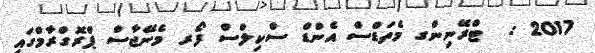
2017 :  ޓްރޭނިންގ މެތަޑްސް އެންޑް ސްކިލްސް ފޯރ މެނޭޖާސް ޕްރޮގްރާމްގައި